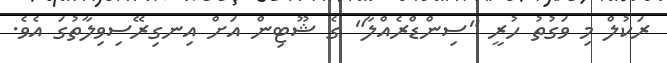
ރަކުލް މި ވަގުތު ހުރީ "ސިންޑްރެއްލާ" ގެ ޝޫޓިން އަށް އިނގިރޭސިވިލާތުގަ އެވެ.